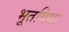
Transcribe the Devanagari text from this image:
भूतविधा